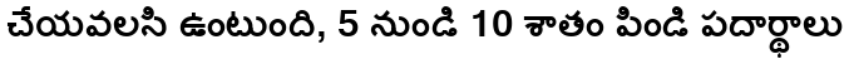
చేయవలసి ఉంటుంది, 5 నుండి 10 శాతం పిండి పదార్థాలు